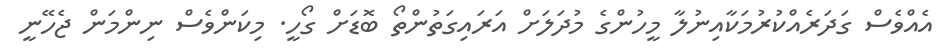
އެއްވެސް ގަދަރެއްކުރުމަކާއިނުލާ މީހުންގެ މުދަލަށް އަރައިގަތުންތޯ ބޮޑަށް ގޯހީ. މިކަންވެސް ނިންމަން ޖެހޭނީ